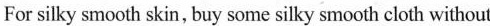
For silky smooth skin, buy some silky smooth cloth